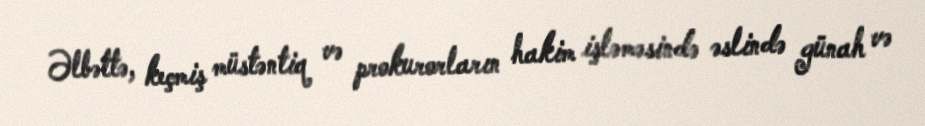
Əlbəttə, keçmiş müstəntiq və prokurorların hakim işləməsində əslində günah və